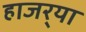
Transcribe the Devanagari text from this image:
हाजर्‍या